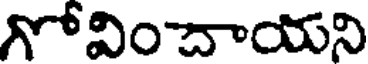
గోవించాయని